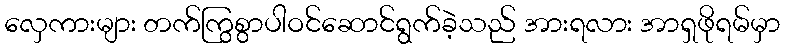
လှေကားများ တက်ကြွစွာပါဝင်ဆောင်ရွက်ခဲ့သည် အားရလား အာရှဖိုရမ်မှာ